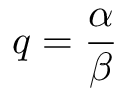
q = { \frac { \alpha } { \beta } }